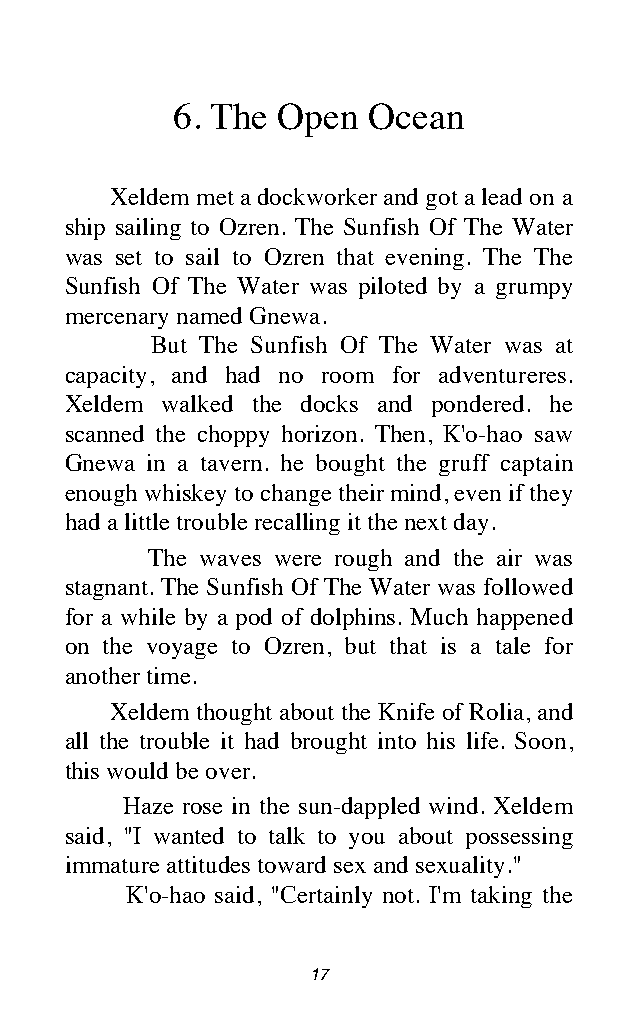
6. The Open  Ocean
 Xeldem met a dockworker and got a lead on a
 ship sailing to Ozren. The Sunfish Of The Water
 was set to sail to Ozren that evening. The The
 Sunfish Of The Water was piloted by a grumpy
 mercenary named Gnewa.
 But The Sunfish Of The Water was at
 capacity, and had no room for adventureres.
 Xeldem walked the docks and pondered. he
 scanned the choppy horizon. Then, K'o-hao saw
 Gnewa in a tavern. he bought the gruff captain
 enough whiskey to change their mind, even if they
 had a little trouble recalling it the next day.
 The waves were rough and the air was
 stagnant. The Sunfish Of The Water was followed
 for a while by a pod of dolphins. Much happened
 on the voyage to Ozren, but that is a tale for
 another time.
 Xeldem thought about the Knife of Rolia, and
 all the trouble it had brought into his life. Soon,
 this would be over.
 Haze rose in the sun-dappled wind. Xeldem
 said, "I wanted to talk to you about possessing
 immature attitudes toward sex and sexuality."
 K'o-hao said, "Certainly not. I'm taking the
 17